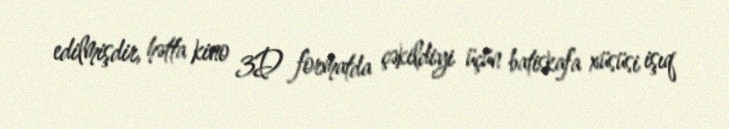
edilmişdir, hətta kino 3D formatda çəkildiyi üçün batiskafa xüsüsi işıq